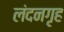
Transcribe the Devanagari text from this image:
लंदनगृह